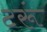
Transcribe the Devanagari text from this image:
टरूं